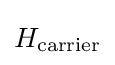
H_{\rm {carrier}}